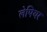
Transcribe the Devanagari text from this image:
लेपियर